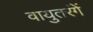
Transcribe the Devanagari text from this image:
वायुतरंगें